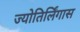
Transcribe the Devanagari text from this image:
ज्योतिर्लिंगास